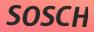
SOSCH